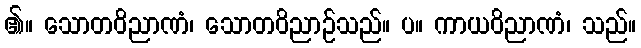
၏။ သောတဝိညာဏံ၊ သောတဝိညာဉ်သည်။ ပ။ ကာယဝိညာဏံ၊ သည်။